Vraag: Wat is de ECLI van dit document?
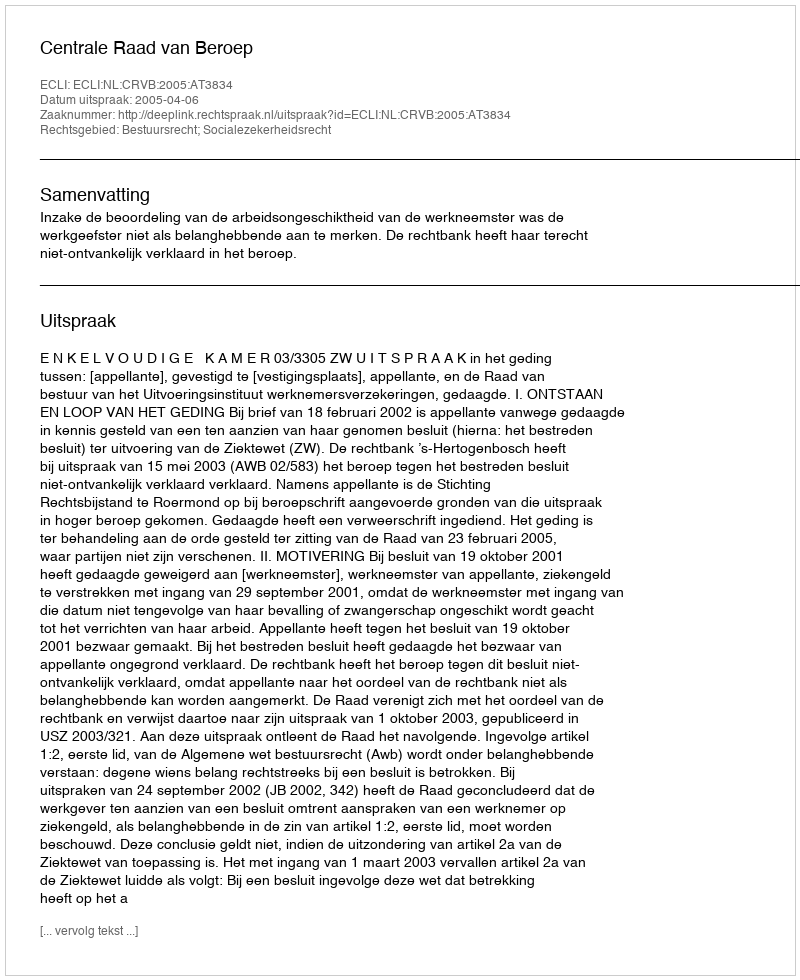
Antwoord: ECLI:NL:CRVB:2005:AT3834